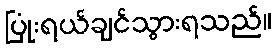
ပြုံးရယ်ချင်သွားရသည်။